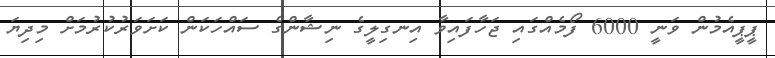
ޕީޕީއެމުން ވަނީ 6000 ފޯމެއްގައި ޖަހާފައިވާ އިނގިލީގެ ނިޝާންގެ ސައްހަކަން ކަށަވަރުކުރުމަށް މިދިޔަ